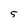
Character: 5